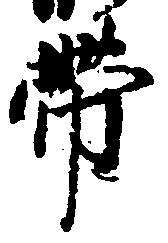
帯